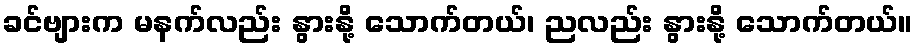
ခင်ဗျားက မနက်လည်း နွားနို့ သောက်တယ်၊ ညလည်း နွားနို့ သောက်တယ်။